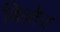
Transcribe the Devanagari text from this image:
बिग्नोर